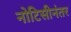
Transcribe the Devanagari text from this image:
नोटिसीनंतर